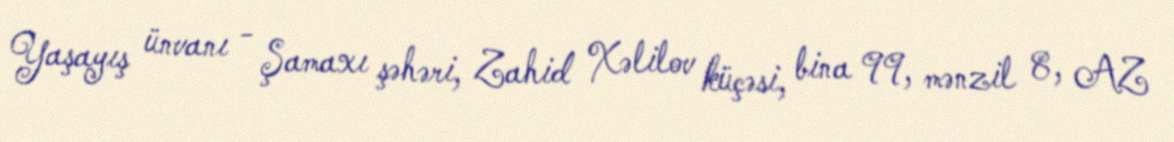
Yaşayış ünvanı - Şamaxı şəhəri, Zahid Xəlilov küçəsi, bina 99, mənzil 8, AZ